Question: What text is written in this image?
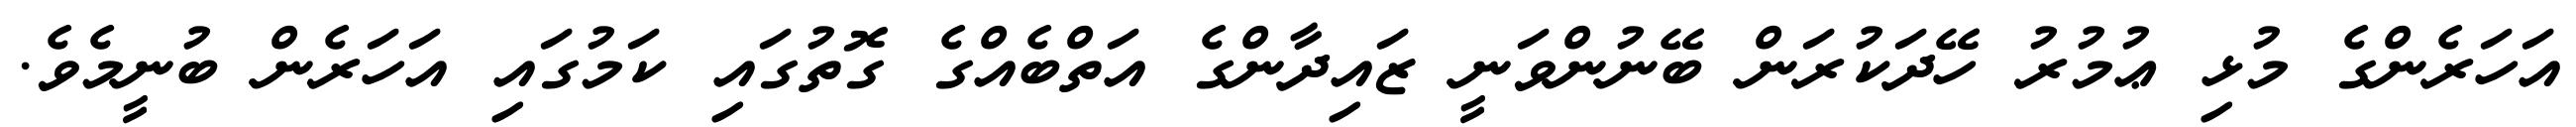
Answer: އަހަރެންގެ މުޅި ޢުމުރު ހޭދަކުރަން ބޭނުންވަނީ ޒައިދާންގެ އަތްބެއްގެ ގޮތުގައި ކަމުގައި އަހަރެން ބުނީމެވެ.